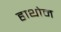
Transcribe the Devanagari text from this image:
हाथोम